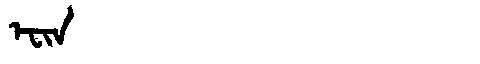
Manchu: ᡝᠸᡳᠨ
Romanization: EFIN